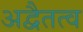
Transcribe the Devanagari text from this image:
अद्वैतत्व